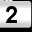
Digit: 2